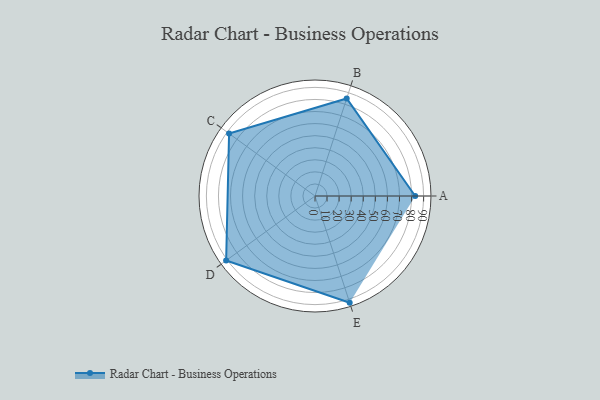
{"axis": {"x": "Skill", "y": "Score"}, "legend": ["Profile"], "data": [{"x": "A", "y": 83.0, "type": "Profile"}, {"x": "B", "y": 85.0, "type": "Profile"}, {"x": "C", "y": 88.0, "type": "Profile"}, {"x": "D", "y": 91.0, "type": "Profile"}, {"x": "E", "y": 93.0, "type": "Profile"}]}